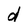
Character: d